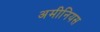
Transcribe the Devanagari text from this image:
अमीनियस